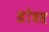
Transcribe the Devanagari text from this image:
थ्रोंबस